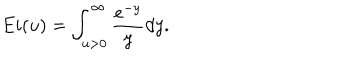
E i ( u ) = \int _ { u > 0 } ^ { \infty } \frac { e ^ { - y } } { y } d y .